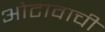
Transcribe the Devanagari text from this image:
ओटावाची